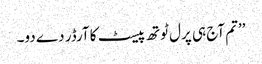
’’تم آج ہی پرل ٹوتھ پیسٹ کا آرڈر دے دو۔